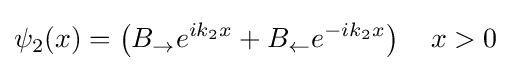
\psi _{2}(x)=\left(B_{\rightarrow }e^{ik_{2}x}+B_{\leftarrow }e^{-ik_{2}x}\right)\quad x>0